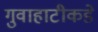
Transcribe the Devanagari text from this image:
गुवाहाटीकडे